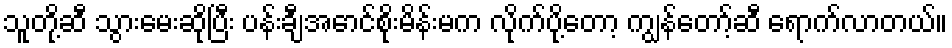
သူတို့ဆီ သွားမေးဆိုပြီး ပန်းချီအောင်စိုးမိန်းမက လိုက်ပို့တော့ ကျွန်တော့်ဆီ ရောက်လာတယ်။